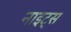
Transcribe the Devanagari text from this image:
नाइट्‌स